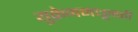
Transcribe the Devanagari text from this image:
युक्रेनमधूनही